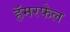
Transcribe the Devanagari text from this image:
हॅमरफेल